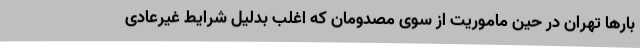
بارها تهران در حین ماموریت از سوی مصدومان که اغلب بدلیل شرایط غیرعادی